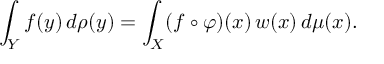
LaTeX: \int _ { Y } f ( y ) \, d \rho ( y ) = \int _ { X } ( f \circ \varphi ) ( x ) \, w ( x ) \, d \mu ( x ) .